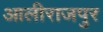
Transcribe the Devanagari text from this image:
आलीराजपुर